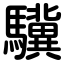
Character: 驥